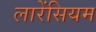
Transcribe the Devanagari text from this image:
लारेंसियम